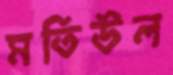
মতিউল